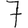
Digit: 7